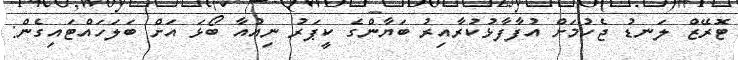
ޓޮރޭޒް ލަނޑު ޖެހުމަށް އުފާފާޅުކުރާއިރު ބަޔާންގެ ކީޕަރު ނިއުއާ ބޯޅަ އަށް ބަލަހައްޓައިގެން: